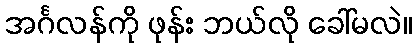
အင်္ဂလန်ကို ဖုန်း ဘယ်လို ခေါ်မလဲ။